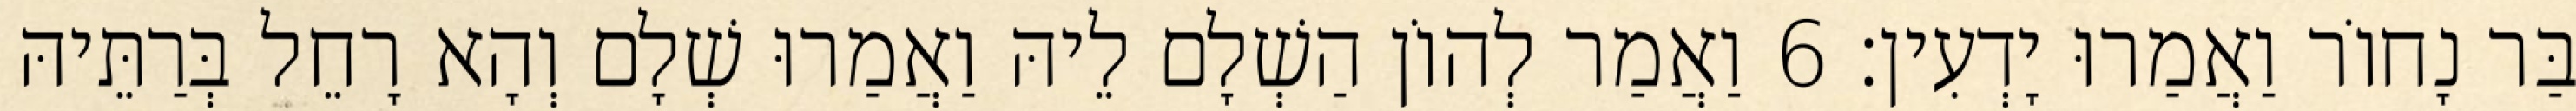
בַּר נָחוֹר וַאֲמַרוּ יָדְעִין׃ 6 וַאֲמַר לְהוֹן הַשְׁלָם לֵיהּ וַאֲמַרוּ שְׁלָם וְהָא רָחֵל בְּרַתֵּיהּ